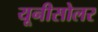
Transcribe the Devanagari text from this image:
यूनीसोलर